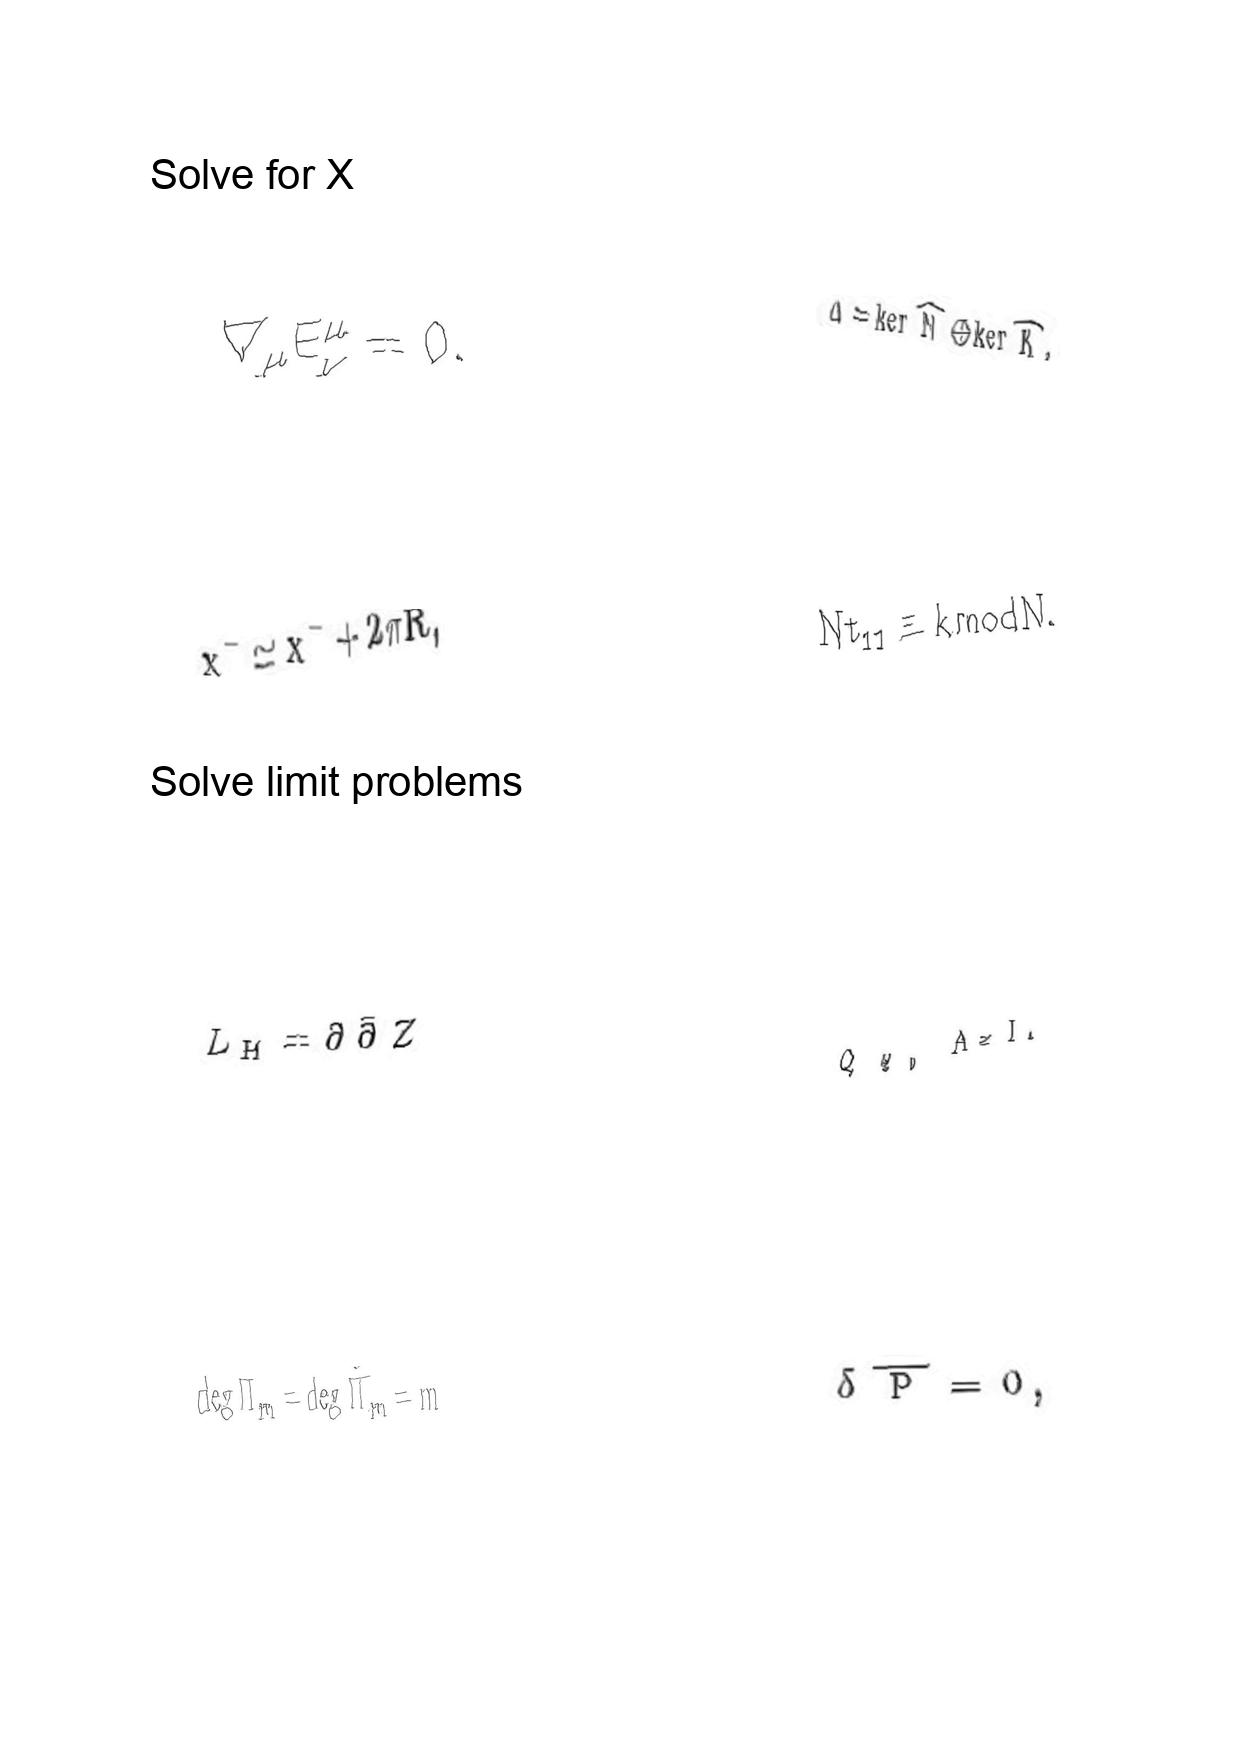
LaTeX transcription:
\nabla _ { \mu } E _ { \nu } ^ { \mu } = 0 .
x ^ { - } \simeq x ^ { - } + 2 \pi R ,
L _ { H } = \partial \bar { \partial } Z
\deg \Pi _ { m } = \deg \tilde { \Pi } _ { m } = m
\Delta = \ker \hat { N } \oplus \ker \hat { K } ,
N t _ { 1 1 } \equiv k \mathrm { m o d } N .
Q _ { \Psi _ { 0 } } A = I .
\delta \overline { P } = 0 ,